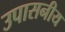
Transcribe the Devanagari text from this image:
उपासनीय